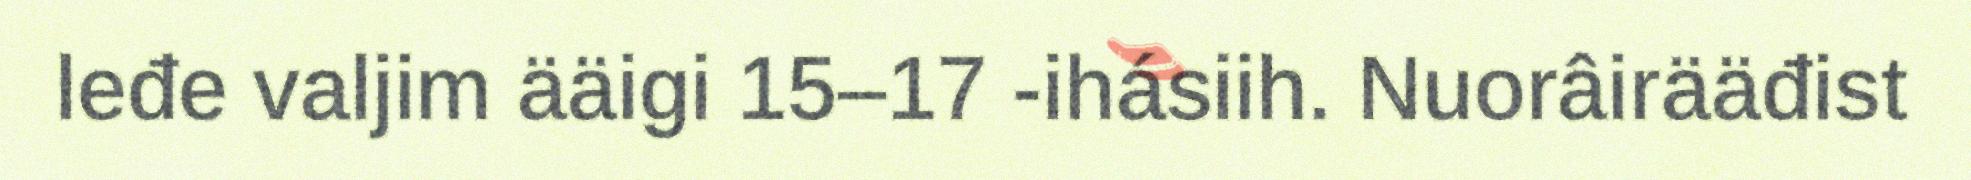
leđe valjim ääigi 15–17 -ihásiih. Nuorâirääđist